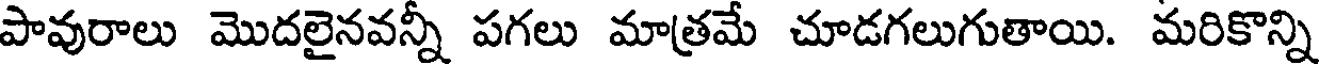
పావురాలు మొదలైనవన్నీ పగలు మాత్రమే చూడగలుగుతాయి. మరికొన్ని